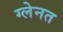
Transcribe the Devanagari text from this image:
ग्लेनत